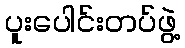
ပူးပေါင်းတပ်ဖွဲ့